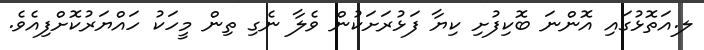
ލ.އަތޮޅުގައި އޮންނަ ބޮކިފުށި ކިޔާ ފަޅުރަށަކުން ވެލާ ނެގި ތިން މީހަކު ހައްޔަރުކޮށްފިއެވެ.